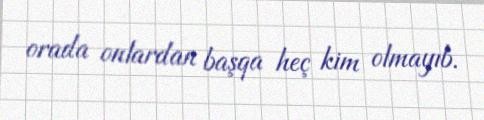
orada onlardan başqa heç kim olmayıb.